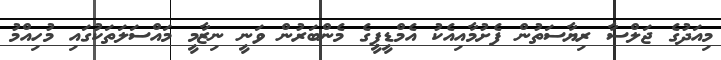
މިއަދުގެ ޖަލްސާ ރިޔާސަތުން ފެށުމާއިއެކު އެމްޑީޕީގެ މެންބަރުން ވަނީ ނިޒާމީ މައްސަލަތަކުގައި މުހިއްމު